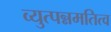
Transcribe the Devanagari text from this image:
व्युत्पन्नमतित्व